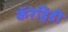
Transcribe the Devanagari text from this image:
कॅरेड्रिडी